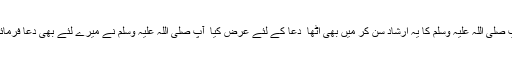
آپ صلی اللہ علیہ وسلم کا یہ ارشاد سن کر میں بھی اُٹھا ٗ دُعا کے لئے عرض کیا ٗ آپ صلی اللہ علیہ وسلم نے میرے لئے بھی دُعا فرمائی۔